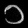
Digit: ၁